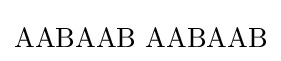
\mathrm {AABAAB\,\,AABAAB}